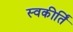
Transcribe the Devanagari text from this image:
स्वकीर्तिं